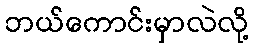
ဘယ်ကောင်းမှာလဲလို့